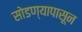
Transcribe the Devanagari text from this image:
सोडण्यापासून